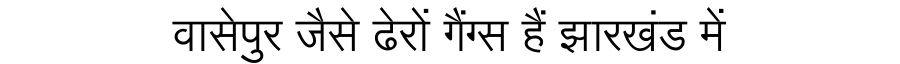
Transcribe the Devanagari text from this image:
वासेपुर जैसे ढेरों गैंग्स हैं झारखंड में